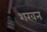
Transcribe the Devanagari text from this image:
शरवन